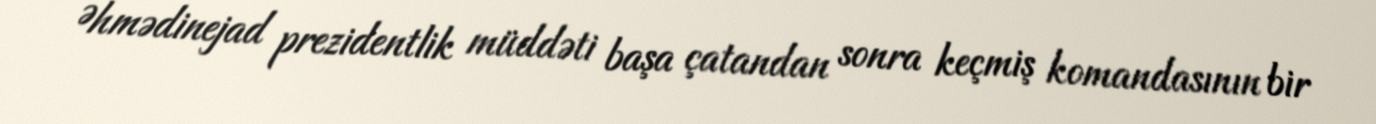
Əhmədinejad prezidentlik müddəti başa çatandan sonra keçmiş komandasının bir